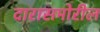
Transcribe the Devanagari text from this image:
दारासमोरील